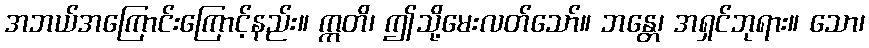
အဘယ်အကြောင်းကြောင့်နည်း။ ဣတိ၊ ဤသို့မေးလတ်သော်။ ဘန္တေ၊ အရှင်ဘုရား။ သော၊